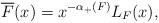
LaTeX: \begin{align*}& \overline F(x) = x^{-\alpha_+(F)}L_F(x),\end{align*}